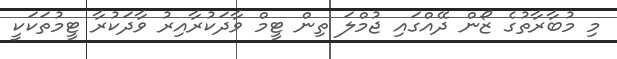
މި މުބާރާތުގެ ޒޯން ދޭއްގައި ޖުމްލަ ތިން ޓީމް ވާދަކުރާއިރު ވާދަކުރާ ޓީމުތަކަކީ